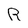
Character: R